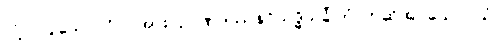
လုံ့လပြုသောပုဂ္ဂိုလ်အား။ ဉာဏဒဿနဝိသုဒ္ဓိသင်္ခါတံ၊ ဟုဆိုအပ်သော။ ယံ